Note on the mental hospitals in Burma - 1925-1940
Year: 1925
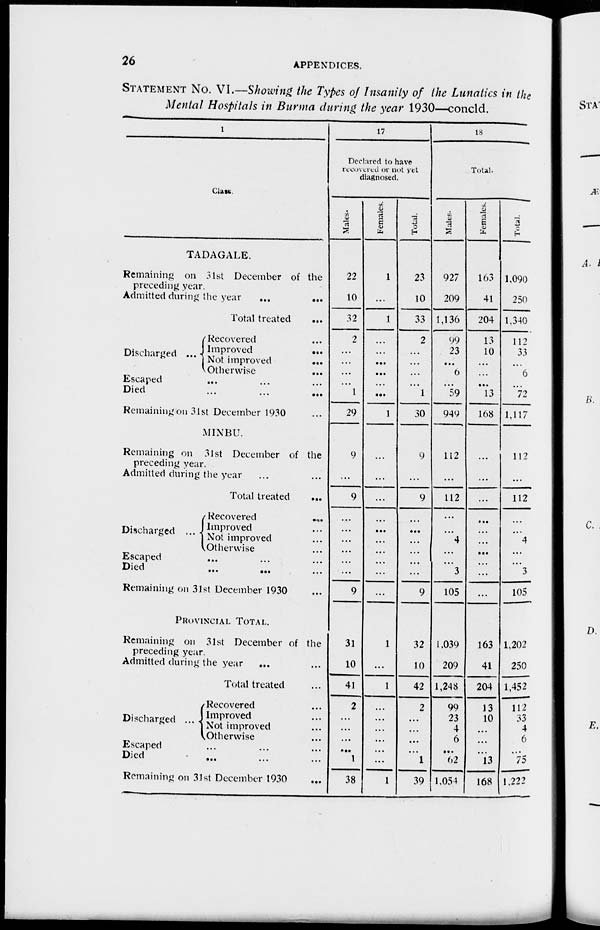
26
APPENDICES.
STATEMENT No. VI.—Showing the Types of Insanity of the Lunatics in the
Mental Hospitals in Burma during the year 1930—concld.
1
Class.
TADAGALE.
Remaining on 31st December of the
preceding year.
Admitted during the year
...
...
Total treated
...
Discharged ...
Recovered ...
Improved
...
Not improved
...
Otherwise
...
Escaped ... ... ...
Died ... ... ...
Remaining on 31st December 1930 ...
MINBU.
Remaining on 31st December of the
preceding year.
Admitted during the year ... ...
Total treated
...
Discharged ...
Recovered
....
Improved ...
Not improved ...
Otherwise ...
Escaped ... ... ...
Died ... ... ...
Remaining on 31st December 1930 ...
PROVINCIAL TOTAL.
Remaining on 31st December of the
preceding year.
Admitted during the year ... ...
Total treated ...
Discharged ...
Recovered ...
Improved ...
Not improved ...
Otherwise ...
Escaped ... ... ...
Died ... ... ...
Remaining on 31st December 1930 ...
17
Declared to have
recovered or not yet
diagnosed.
Males.
22
10
32
2
...
...
...
...
1
29
9
...
9
...
...
...
...
...
...
9
31
10
41
2
...
...
...
...
1
38
Females.
1
...
1
...
...
...
...
...
...
1
...
...
...
...
...
...
...
...
...
...
1
...
1
...
...
...
...
...
...
1
Total.
23
10
33
2
...
...
...
...
1
30
9
...
9
...
...
...
...
...
...
9
32
10
42
2
...
...
...
...
1
39
18
Total.
Males.
927
209
1,136
99
23
...
6
...
59
949
112
...
112
...
...
4
...
...
3
105
1,039
209
1,248
99
23
4
6
...
62
1,054
Females.
163
41
204
13
10
...
...
...
13
168
...
...
...
...
...
...
...
...
...
...
163
41
204
13
10
...
...
...
13
168
Total.
1,090
250
1,340
112
33
...
6
...
72
1,117
112
...
112
...
...
4
...
...
3
105
1,202
250
1,452
112
33
4
6
...
75
1,222